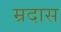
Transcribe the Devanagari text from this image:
म्रदास